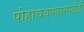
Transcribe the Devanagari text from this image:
पोहोचवण्यासाठीही